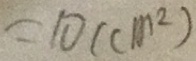
= 1 0 ( c m ^ { 2 } )